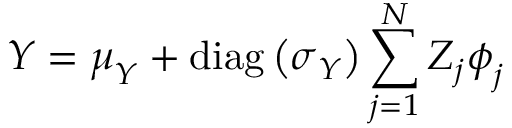
\boldsymbol { Y } = \boldsymbol { \mu } _ { \boldsymbol { Y } } + \operatorname { d i a g } \left( \boldsymbol { \sigma } _ { \boldsymbol { Y } } \right) \sum _ { j = 1 } ^ { N } Z _ { j } \boldsymbol { \phi } _ { j }